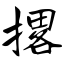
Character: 撂